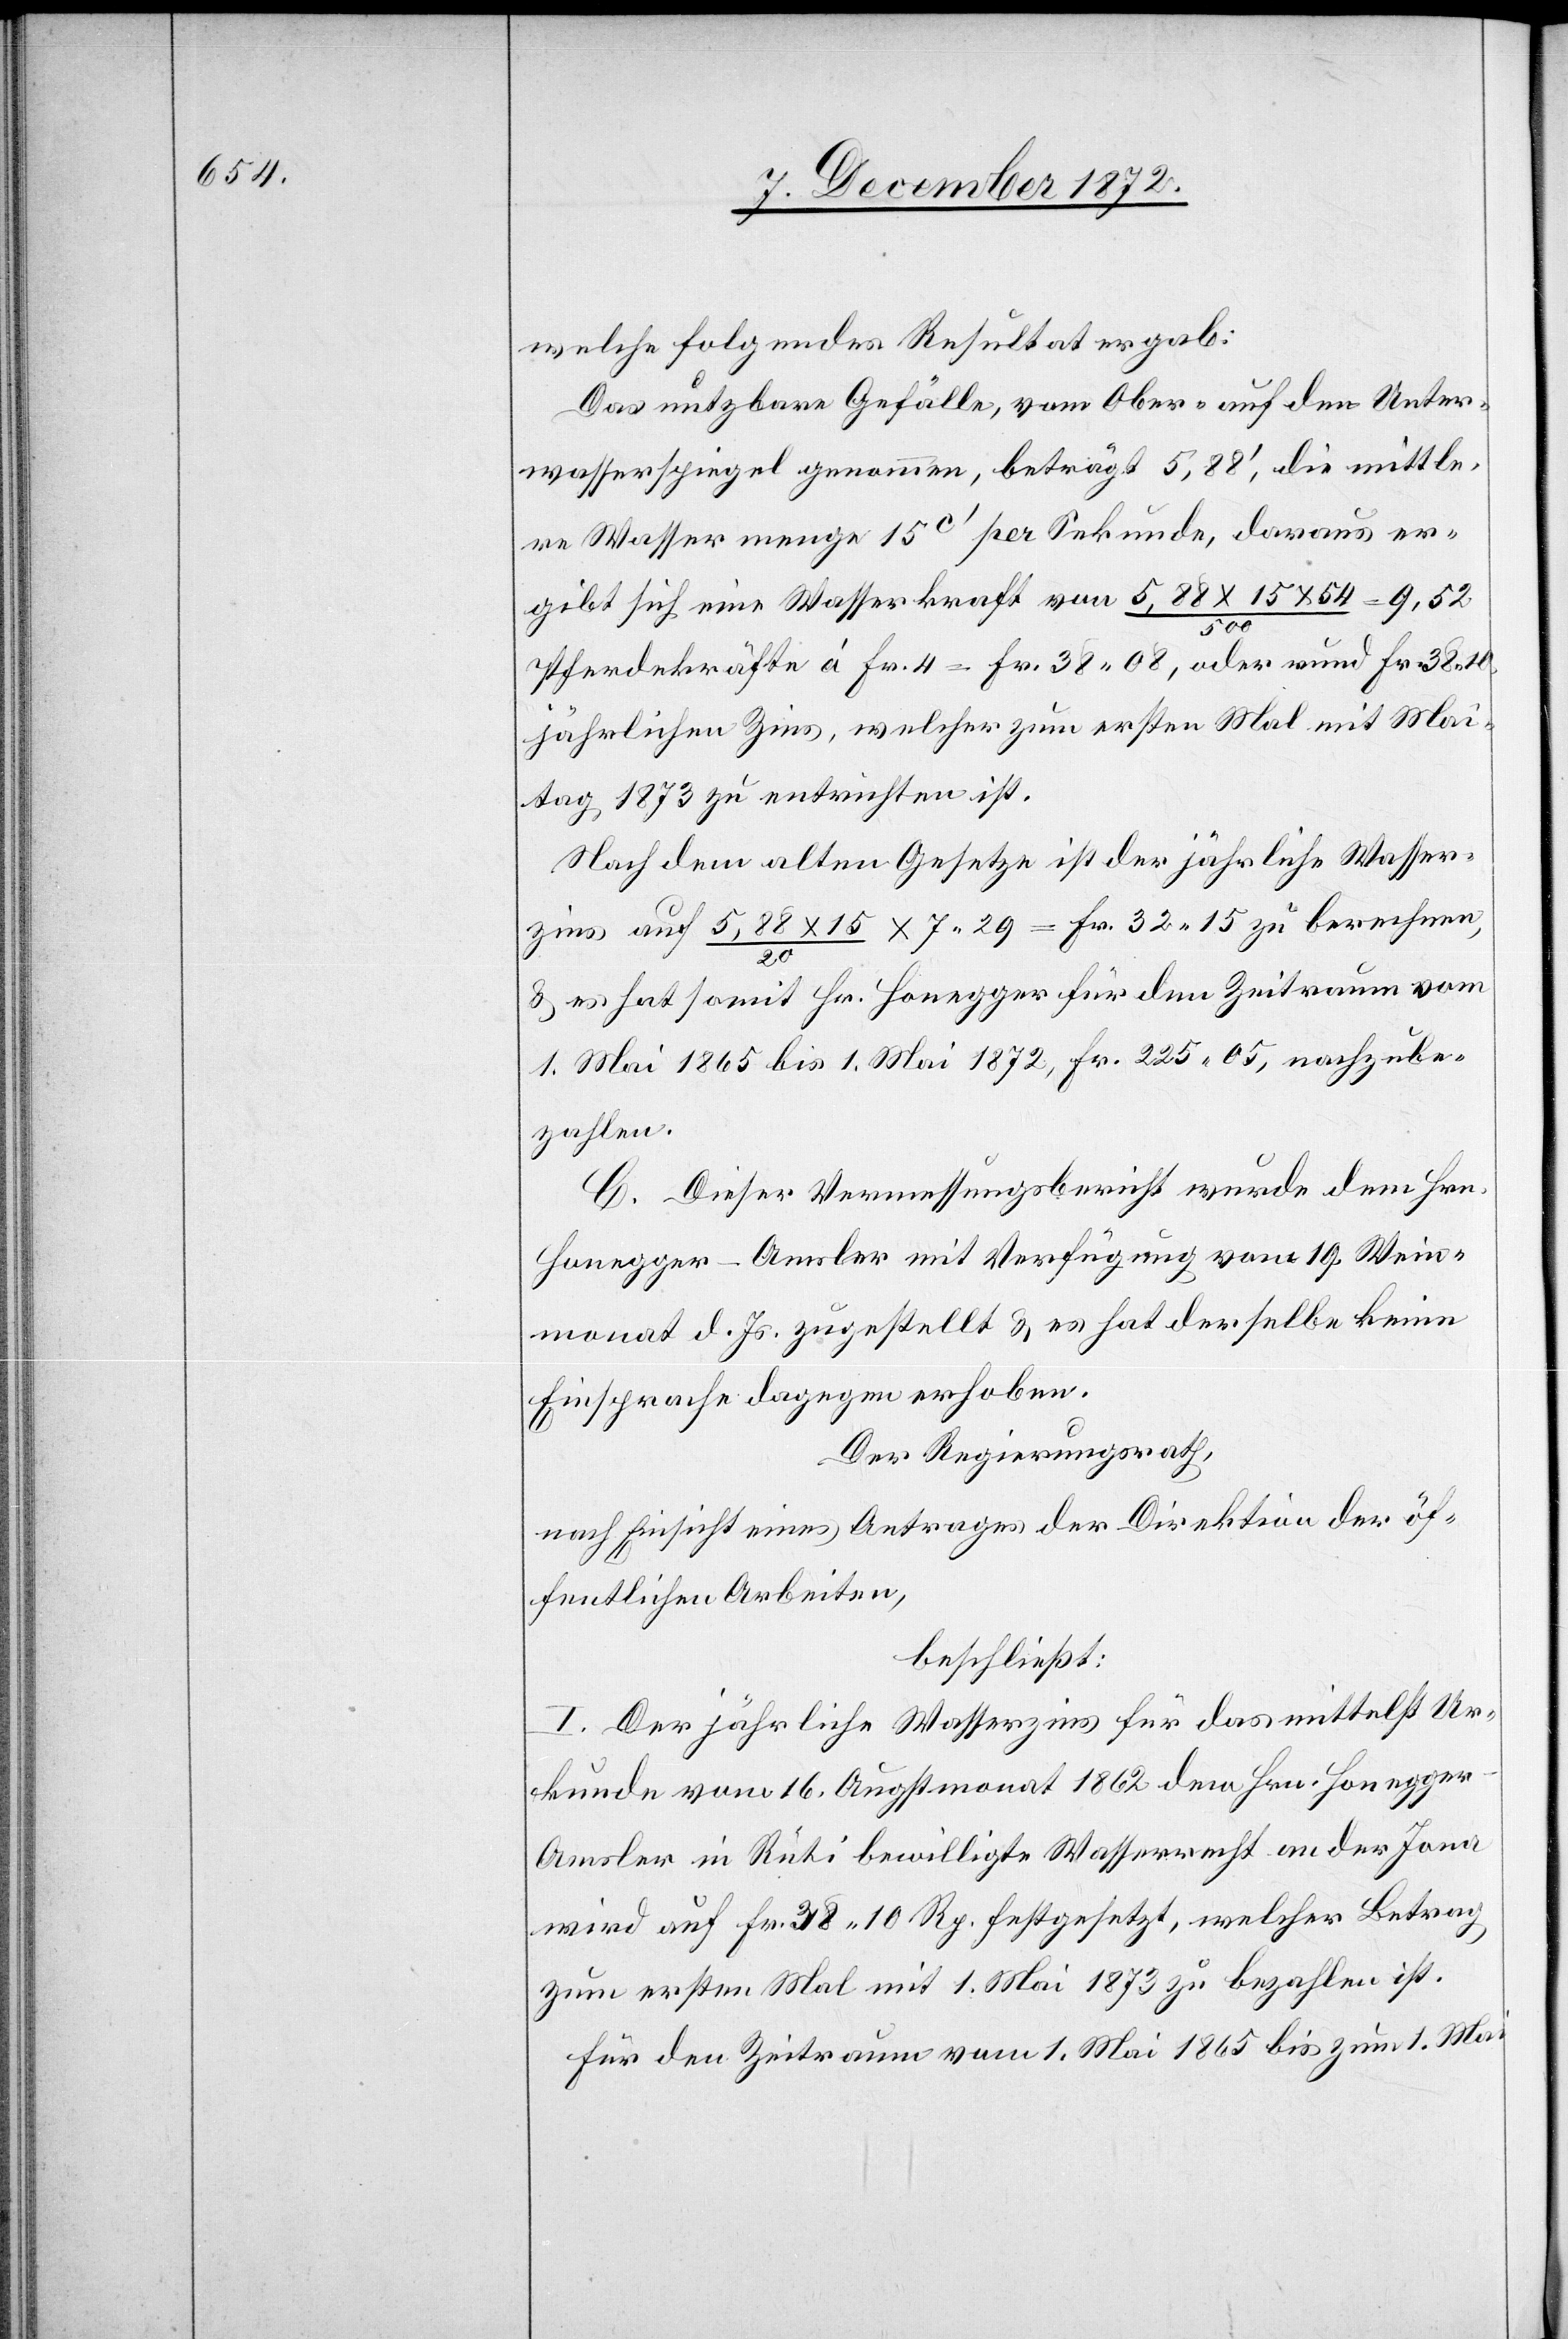
welche folgendes Resultat ergab:
Das nutzbare Gefälle, vom Ober- auf den Unter¬
wasserspiegel genommen, beträgt 5,88’, die mittle¬
re Wassermenge 15c’ per Sekunde, daraus er¬
gibt sich eine Wasserkraft von 5,88
500
Pferdekräfte à Fr. 4 = Fr. 38 08, oder rund Fr. 38 10
jährlichen Zins, welcher zum ersten Mal mit Mai¬
tag 1873 zu entrichten ist.
Nach dem alten Gesetze ist der jährliche Wasser¬
zins auf 5,88 x 15 / 20 x 7 29 = Fr. 32 15 zu berechnen,
u. es hat somit Hr. Honegger für den Zeitraum vom
1. Mai 1865 bis 1. Mai 1872, Fr. 225 05, nachzube¬
zahlen.
C. Dieser Vermessungsbericht wurde dem Hrn.
Honegger-Amsler mit Verfügung vom 19. Wein¬
monat d. Js. zugestellt u. es hat derselbe keine
Einsprache dagegen erhoben.
Der Regierungsrath,
nach Einsicht eines Antrages der Direktion der öf¬
fentlichen Arbeiten,
beschließt:
I. Der jährliche Wasserzins für das mittelst Ur¬
kunde vom 16. Augstmonat 1862 dem Hrn. Honegge¬
r-Amsler in Rüti bewilligte Wasserrecht an der Jona
wird auf Fr. 38 10 Rp. festgesetzt, welcher Betrag
zum ersten Mal mit 1. Mai 1873 zu bezahlen ist.
Für den Zeitraum vom 1. Mai 1865 bis zum 1. Mai